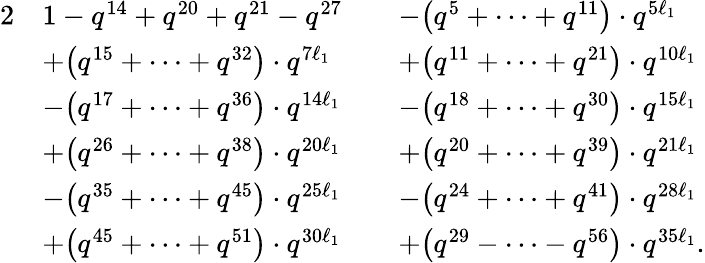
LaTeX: \begin{array}{rlrl}{{2}}&{1-q^{14}+q^{20}+q^{21}-q^{27}}&&{-\bigl(q^{5}+\dots+q^{11}\bigr)\cdot q^{5\ell_{1}}}\\ &{+\bigl(q^{15}+\dots+q^{32}\bigr)\cdot q^{7\ell_{1}}}&&{+\bigl(q^{11}+\dots+q^{21}\bigr)\cdot q^{10\ell_{1}}}\\ &{-\bigl(q^{17}+\dots+q^{36}\bigr)\cdot q^{14\ell_{1}}}&&{-\bigl(q^{18}+\dots+q^{30}\bigr)\cdot q^{15\ell_{1}}}\\ &{+\bigl(q^{26}+\dots+q^{38}\bigr)\cdot q^{20\ell_{1}}}&&{+\bigl(q^{20}+\dots+q^{39}\bigr)\cdot q^{21\ell_{1}}}\\ &{-\bigl(q^{35}+\dots+q^{45}\bigr)\cdot q^{25\ell_{1}}}&&{-\bigl(q^{24}+\dots+q^{41}\bigr)\cdot q^{28\ell_{1}}}\\ &{+\bigl(q^{45}+\dots+q^{51}\bigr)\cdot q^{30\ell_{1}}}&&{+\bigl(q^{29}-\dots-q^{56}\bigr)\cdot q^{35\ell_{1}}.}\end{array}